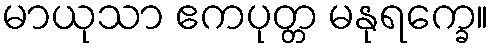
မာယုသာ ဧကပုတ္တ မနုရက္ခေ။